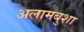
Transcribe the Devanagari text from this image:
अलामबुशा